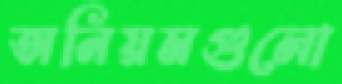
অনিয়মগুলো